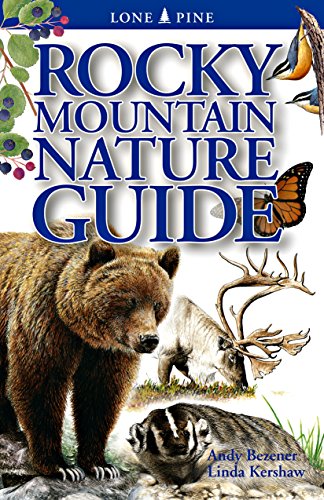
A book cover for Rocky Mountain Nature Guide; Linda J. Kershaw; Travel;